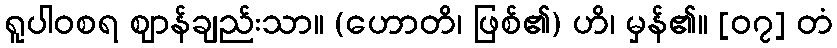
ရူပါဝစရ ဈာန်ချည်းသာ။ (ဟောတိ၊ ဖြစ်၏) ဟိ၊ မှန်၏။ [၀၇] တံ